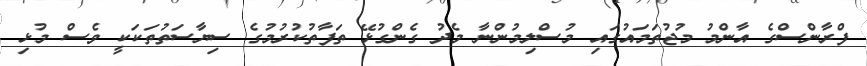
ފްރާންސްގެ އާންމު މުޖުތަމައުގައި މުސްލިމުންނާ މެދު ގެންގުޅޭ ތަފާތުކުރުމުގެ ސިޔާސަތުތަކަކީ ވެސް މުޅި